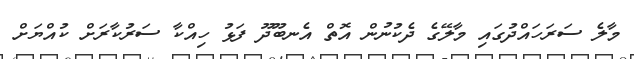
މާލެ ސަރަހައްދުގައި މާލޭގެ ދެކުނުން އޮތް އެނބޫދޫ ފަޅު ހިއްކާ ސަރުކާރަށް ކުއްޔަށް